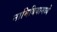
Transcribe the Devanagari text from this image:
नामिबियामध्ये